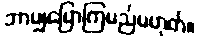
ဘာမျှပြောကြမည်မဟုတ်။